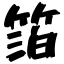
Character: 箔